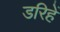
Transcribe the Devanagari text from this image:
डरिहें